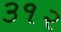
૩૧૨